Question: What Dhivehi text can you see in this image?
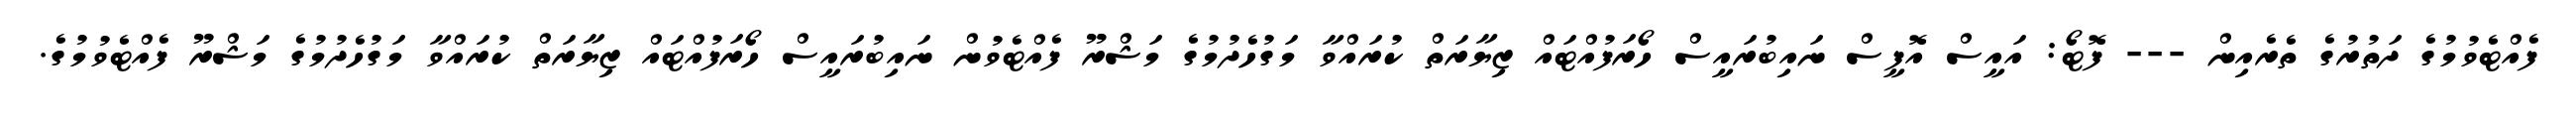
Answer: ފެއްޓެވުމުގެ ދަތުރުގެ ތެރެއިން --- ފޮޓޯ: އައީސް އޮފީސް ނައިބުރައީސް ހޯރަފުއްޓައް ޒިޔާރަތް ކުރައްވާ މަގުހެދުމުގެ މަޝްރޫ ފެއްޓެވުން ނައިބުރައީސް ހޯރަފުއްޓައް ޒިޔާރަތް ކުރައްވާ މަގުހެދުމުގެ މަޝްރޫ ފެއްޓެވުމުގެ.